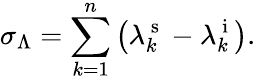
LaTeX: \sigma_{\Lambda}=\sum_{k=1}^{n}\left(\lambda_{k}^{\mathrm{~s~}}-\lambda_{k}^{\mathrm{~i~}}\right).